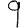
Digit: 9